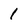
Character: 1